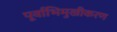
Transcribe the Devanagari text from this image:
पूर्वाभिमुखीकरण